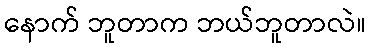
နောက် ဘူတာက ဘယ်ဘူတာလဲ။